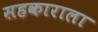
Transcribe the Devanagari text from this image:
सहकाराला